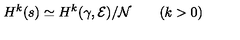
H ^ { k } ( s ) \simeq H ^ { k } ( \gamma , { \cal E } ) / { \cal N } \qquad ( k > 0 )